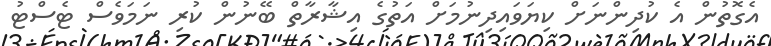
އެގޮތުން އެ ކުދިންނަށް ކިޔަވައިދިނުމަށް އަތުގެ އިޝާރާތް ބޭނުން ކުރި ނަމަވެސް ޓެސްޓު